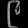
Digit: ၉